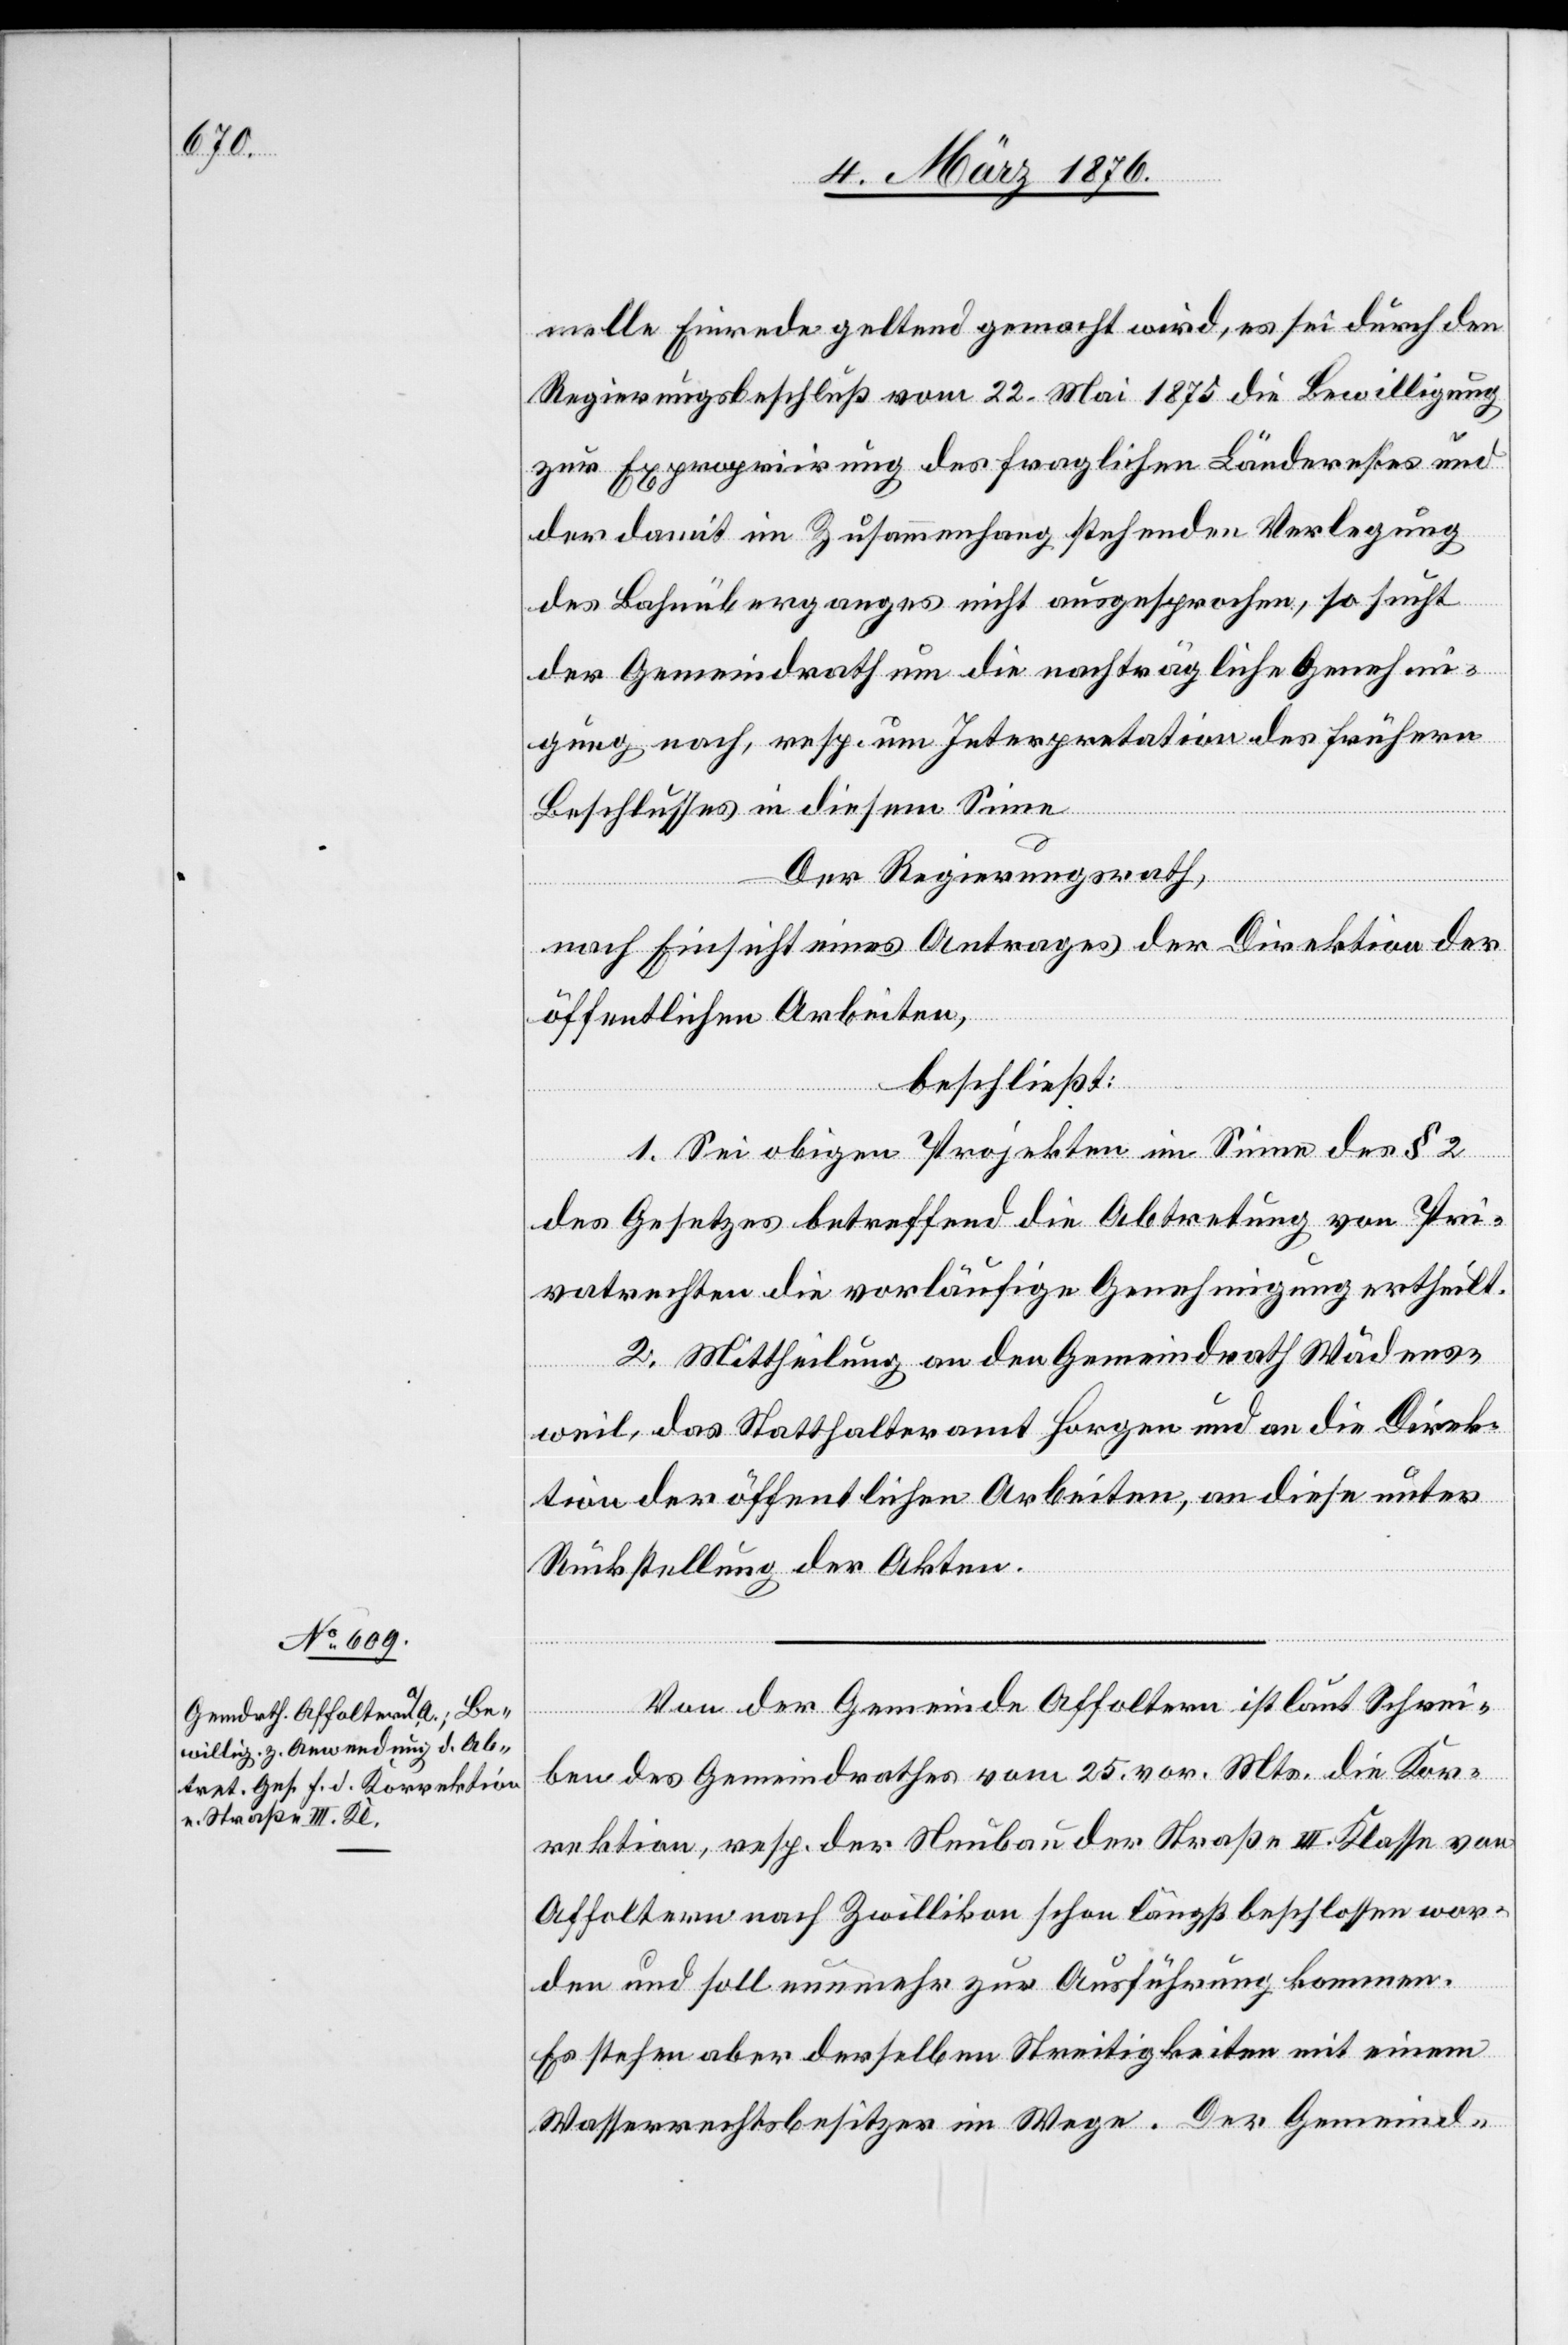
melle Einrede geltend gemacht wird, es sei durch den
Regierungsbeschluß vom 22. Mai 1875 die Bewilligung
zur Expropriirung des fraglichen Länderehes [r¬
der damit im Zusammenhang stehenden Verlegung
des Bahnüberganges nicht ausgesprochen, so sucht
der Gemeindrath um die nachträgliche Genehmi¬
gung nach, resp. um Interpretation des frühern
Beschlusses in diesem Sinne
Der Regierungsrath,
nach Einsicht eines Antrages der Direktion der
öffentlichen Arbeiten,
beschließt:
1. Sei obigen Projekten im Sinne des § 2
des Gesetzes betreffend die Abtretung von Pri¬
vatrechten die vorläufige Genehmigung ertheilt.
2. Mittheilung an den Gemeindrath Wädens¬
und
weil, das Statthalteramt Horgen und an die Direk¬
tion der öffentlichen Arbeiten, an diese unter
Rückstellung der Akten.
Von der Gemeinde Affoltern ist laut Schrei¬
ben des Gemeindrathes vom 25. vor. Mts. die Kor¬
rektion, resp. der Neubau der Straße III. Klasse von
Affoltern nach Zwillikon schon längst beschlossen wor¬
den und soll nunmehr zur Ausführung kommen.
Es stehen aber derselben Streitigkeiten mit einem
Wasserrechtsbesitzer im Wege. Der Gemeind-